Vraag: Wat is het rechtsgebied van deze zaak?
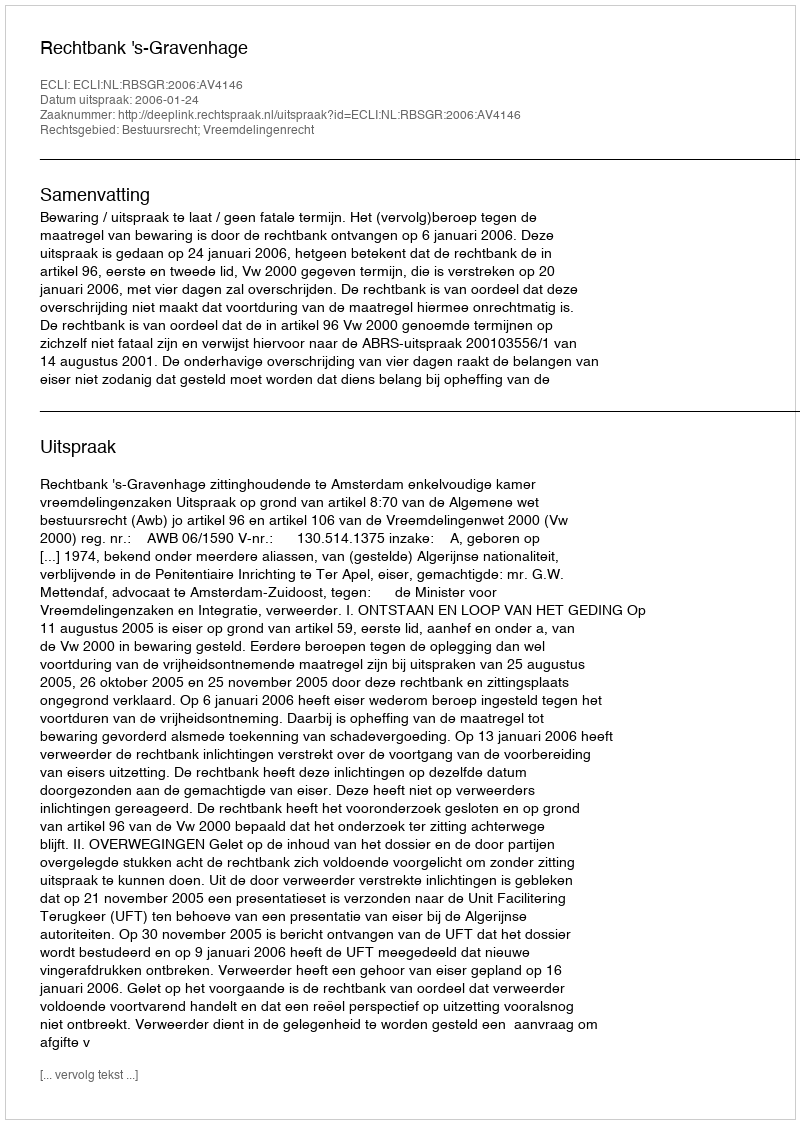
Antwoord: Bestuursrecht; Vreemdelingenrecht